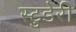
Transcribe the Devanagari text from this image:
स्टुडेरी